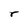
Character: r